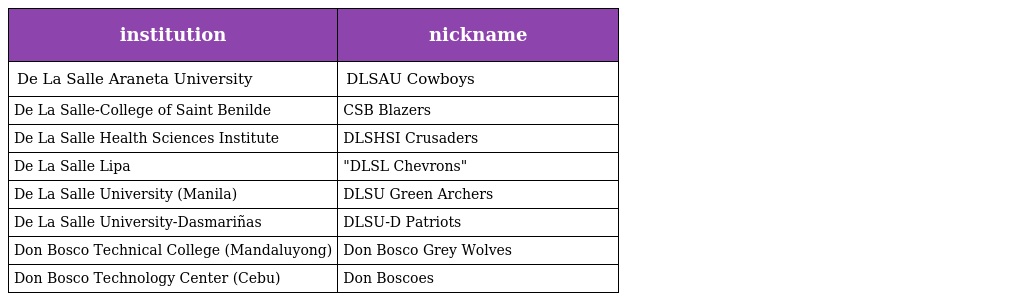
| institution | nickname |
 | --- | --- |
 | De La Salle Araneta University | DLSAU Cowboys |
 | De La Salle-College of Saint Benilde | CSB Blazers |
 | De La Salle Health Sciences Institute | DLSHSI Crusaders |
 | De La Salle Lipa | "DLSL Chevrons" |
 | De La Salle University (Manila) | DLSU Green Archers |
 | De La Salle University-Dasmariñas | DLSU-D Patriots |
 | Don Bosco Technical College (Mandaluyong) | Don Bosco Grey Wolves |
 | Don Bosco Technology Center (Cebu) | Don Boscoes |